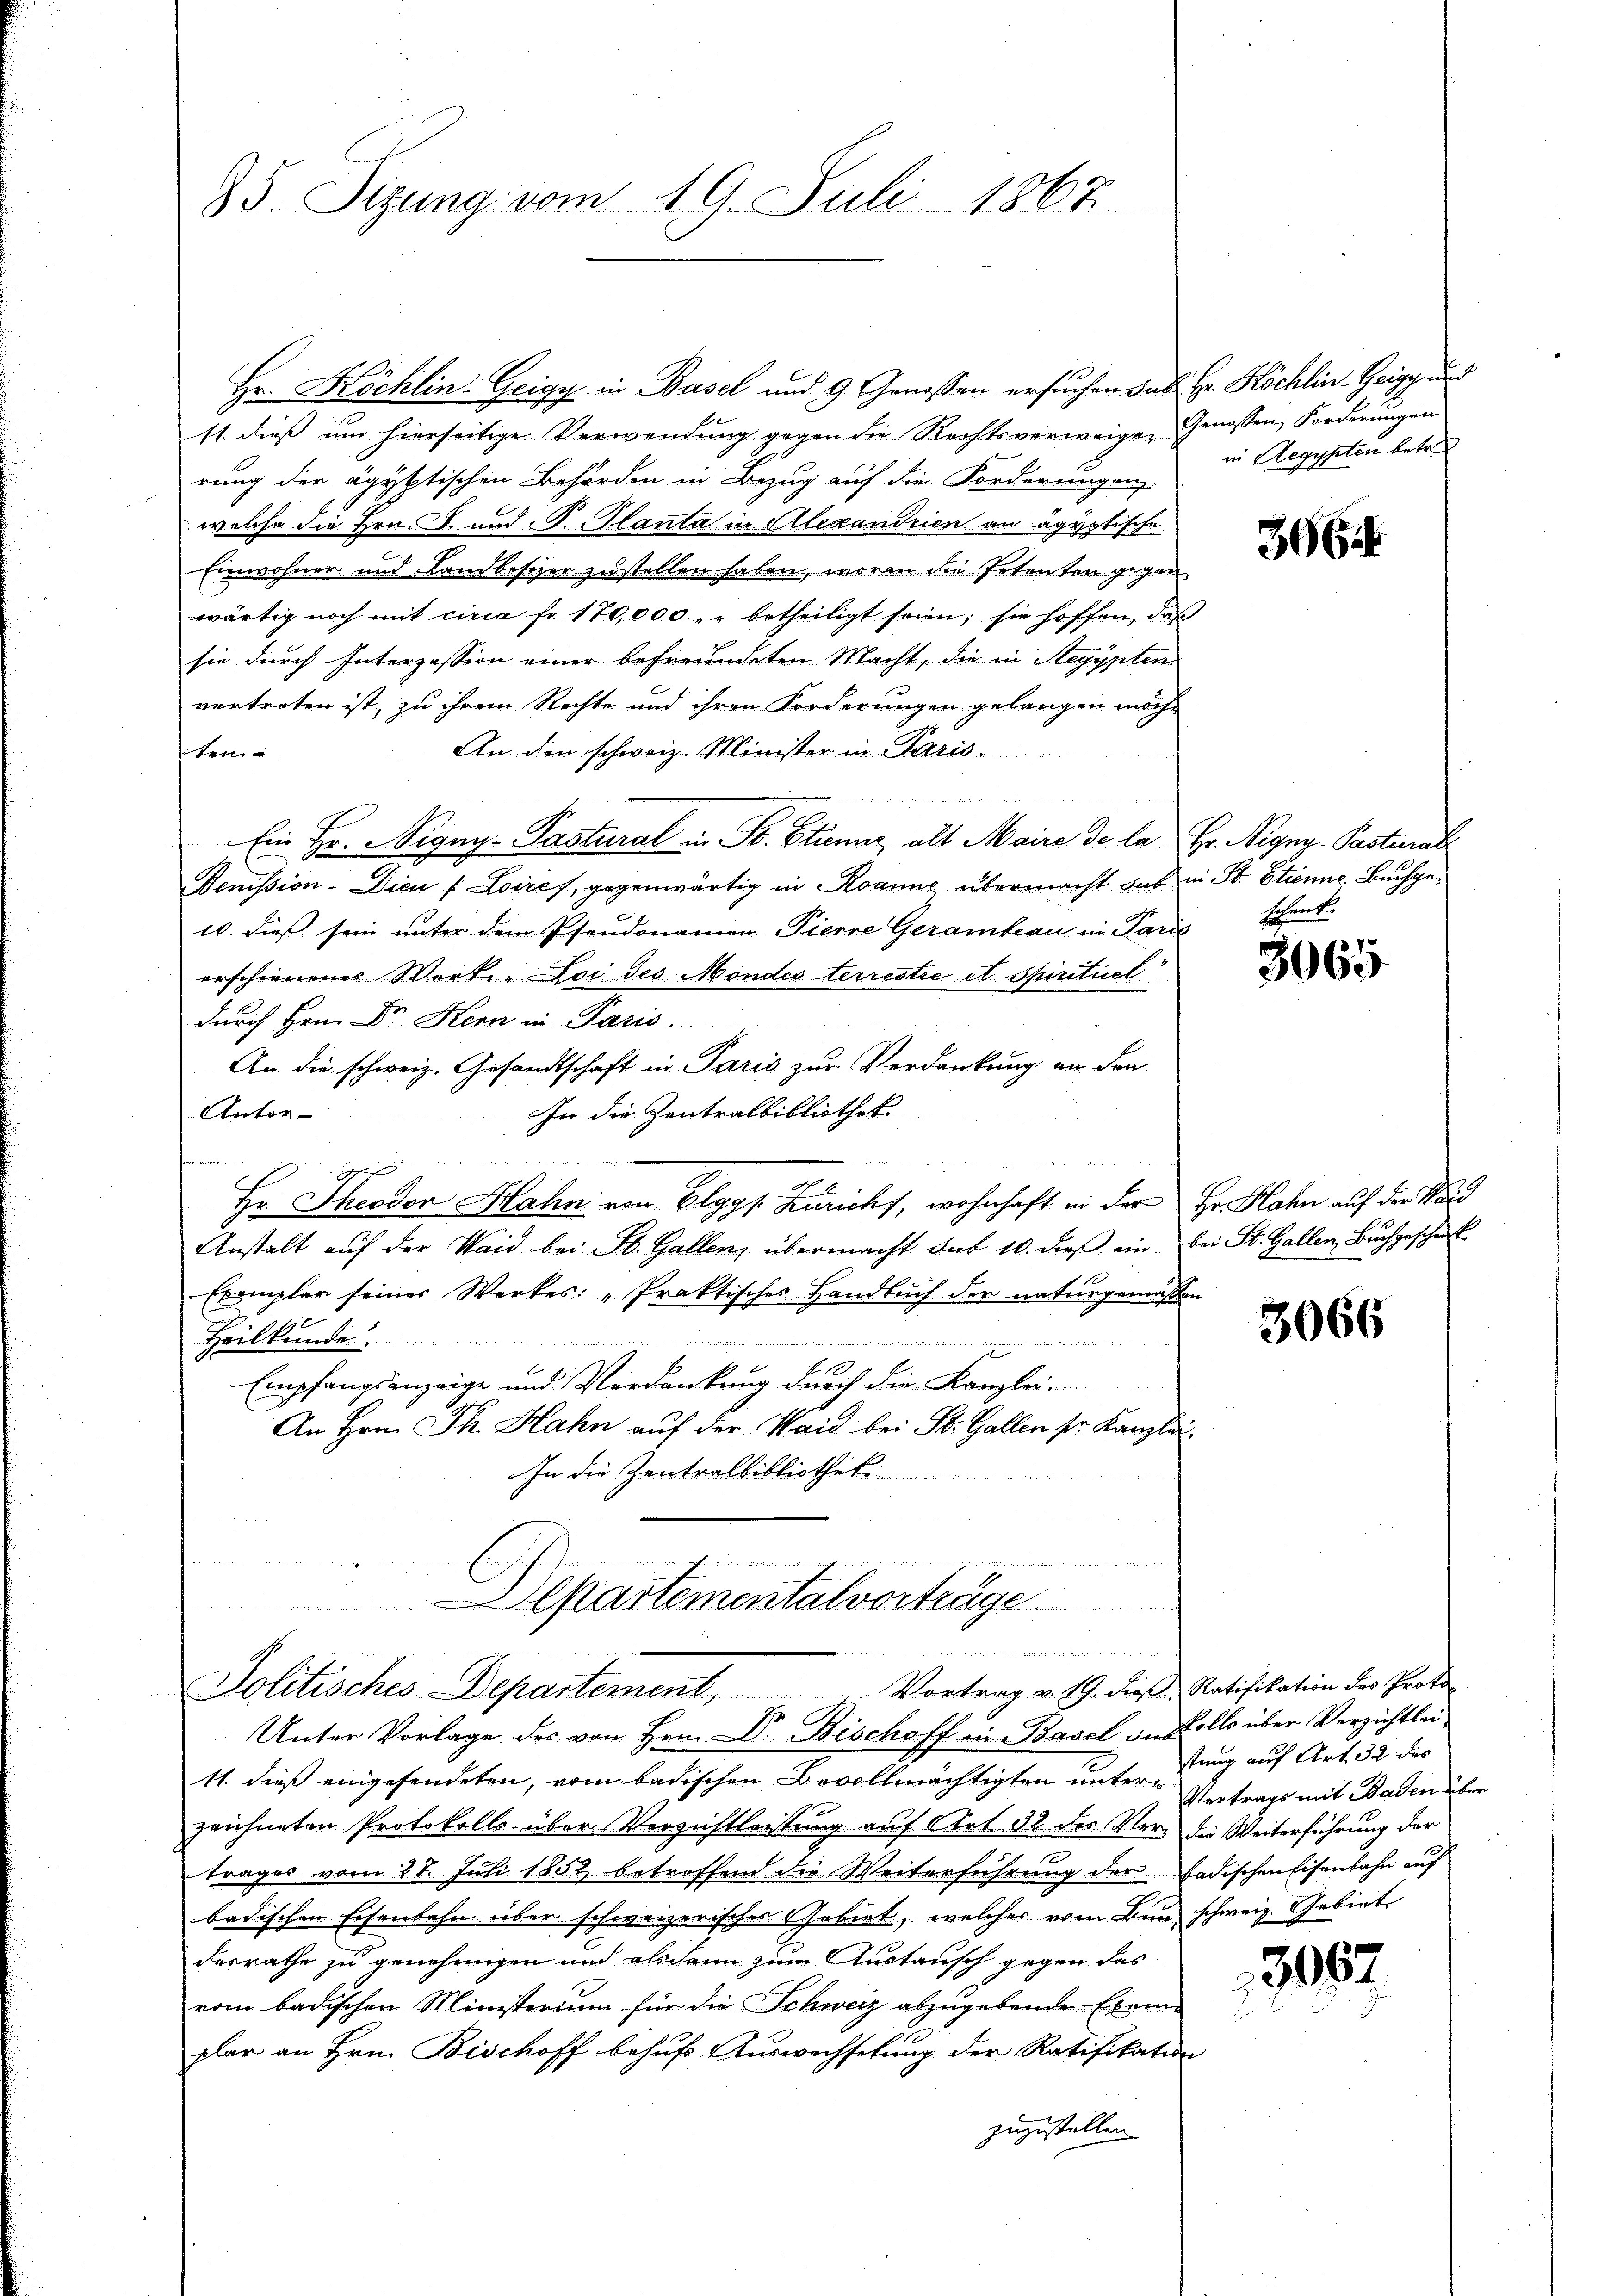
Hr. Köchlin-Geigy in Basel und 9. Genossen ersuchen das Hr. Köchlin-Geige, u. d
11. dieß um hierseitige Verwendung gegen die Rechtsverweigen Genossen, Forderungen
rung der ägyptischen Behörden in Bezug auf die Forderungen
welche die Hrn. S. und P. Planta in Alexandrien an ägyptische
Einwohner und Landbesizer zustellen haben, worin die Petenten gegen
wärtig noch mit circa Fr. 170,000 " " betheiligt seien; sie hoffen, daß
sie durch Interzession einer befreundeten Macht, die in Aegypten
vertreten ist, zu ihrem Rechte und ihren Forderungen gelangen möcht
An die schweiz. Minister in Paris.
ten- |
 in der anden den
Ein Hr. Nigny-Pastural in Fr. Etienne, alt Maire de la Hr. Vigny-Pastenal
Denission-Dicu [Loires, gegenwärtig in Roanne übermacht das in St. Etienne. Buchge¬
10. dieß sein unter dem Pseudonamen Pierre Geramteau in Paris
erschienenes Werke-Loi des Mondes terrestie et spirituel
durch Hrn. Dr. Hern in Paris.
An die schweiz. Gesandtschaft in Paris zur Verdankung an den
Antor-
In die Zentralbibliothek
t
n
1
Hr. Theodor Hahn von Elgg s. Zürichs, wohnhaft in der Hr. Hahn auf der Wand
Anstalt aŭf der Waid bei St. Gallen, übermacht sub 10. dieβ ein bei St. Gallen, Buchgeschenk
Exemplar seiner Werkes: „Praktisches Handbuch der naturgemässen

Heilkunde

Empfangsanzeige und Verdankung durch die Kanzlei-
An Hrn. Th. Hahn auf der Waid bei St. Gallen pr. Kanzlei
In die Zentralbibliothek
nhin mein eine in denn einer um den

35. Sizung vom 19. Juli 1862.

Departemental vorträge.

Politisches Departement. Vortrag v. 19. dieß Ratifikation der Proto-

in Aegypten betr.

Unter Vorlage des von Hrn. D. Bischoff in Basel in Kolle über Verzichtlei
11. dieß eingesendeten, vom badischen Bevollmächtigten unter Vertrags mit Baden über
zeichneten Protokolls über Verzichtleistung auf Art. 32 des Ver- die Weiterführung der
trages vom 28. Juli 1852 betroffend die Weiterführung der badischen Eisenbahn auf
badischen Eisenbahn über schweizerisches Gebiet, welches vom Bun schweiz. Gebiet
desrathe zu genehmigen und alsdann zum Austausch gegen das
vom badischen Ministerium für die Schweiz abzugebende Exemplar an Hrn. Bischoff behufs Auswechselung der Ratifikation
zuzustellen

366

scheint.

3065.

3066

stung auf Art. 32 des

3057